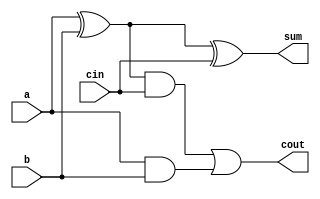
module ADDER (
	a, b, cin,
	sum, cout
);
	input wire a;
	input wire b;
	(* carry = "ADDER" *)
	input wire cin;
	(* DELAY_CONST_a   = "300e-12" *)
	(* DELAY_CONST_b   = "300e-12" *)
	(* DELAY_CONST_cin = "300e-12" *)
	output wire sum;
	(* carry = "ADDER" *)
	(* DELAY_CONST_a   = "300e-12" *)
	(* DELAY_CONST_b   = "300e-12" *)
	(* DELAY_CONST_cin =  "10e-12" *)
	output wire cout;
	// Full adder combinational logic
	assign sum = a ^ b ^ cin;
	assign cout = ((a ^ b) & cin) | (a & b);
	// Timing parameters, not supported by Yosys at the moment.
`ifndef YOSYS
	`timescale 1ps/1ps
	specify
		specparam T1 300;
		specparam T2 10;
		// (input->output) min:typ:max
		(a => sum) 	= T1;
		(b => sum)	= T1;
		(cin => sum)	= T1;
		(a => cout)	= T1;
		(b => cout)	= T1;
		(cin => cout)	= T2;
	endspecify
`endif
endmodule